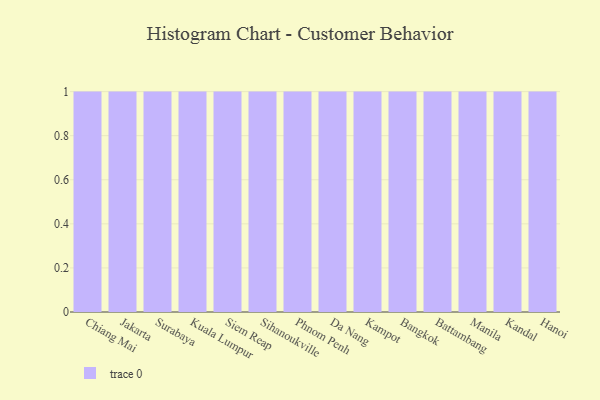
{"axis": {"x": "City", "y": "Market Share (%)"}, "legend": [""], "data": [{"x": "Chiang Mai", "y": 49, "type": ""}, {"x": "Jakarta", "y": 9, "type": ""}, {"x": "Surabaya", "y": 23, "type": ""}, {"x": "Kuala Lumpur", "y": 44, "type": ""}, {"x": "Siem Reap", "y": 13, "type": ""}, {"x": "Sihanoukville", "y": 97, "type": ""}, {"x": "Phnom Penh", "y": 44, "type": ""}, {"x": "Da Nang", "y": 4, "type": ""}, {"x": "Kampot", "y": 9, "type": ""}, {"x": "Bangkok", "y": 70, "type": ""}, {"x": "Battambang", "y": 50, "type": ""}, {"x": "Manila", "y": 7, "type": ""}, {"x": "Kandal", "y": 81, "type": ""}, {"x": "Hanoi", "y": 1, "type": ""}]}